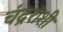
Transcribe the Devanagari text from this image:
चंद्रराशी